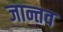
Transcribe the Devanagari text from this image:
जान्तव